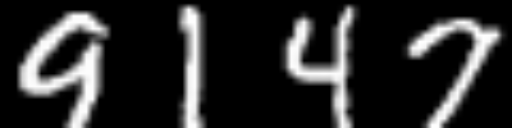
Text: 9147